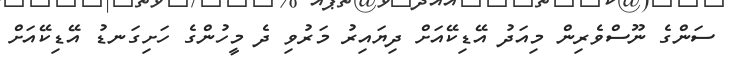
ސަންގެ ނޫސްވެރިން މިއަދު އޭޑިކޭއަށް ދިޔައިރު މަރުވި ދެ މީހުންގެ ހަށިގަނޑު އޭޑިކޭއަށް